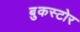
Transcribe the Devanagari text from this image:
बुकस्‍टोर